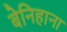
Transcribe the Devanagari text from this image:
बेनिहाना